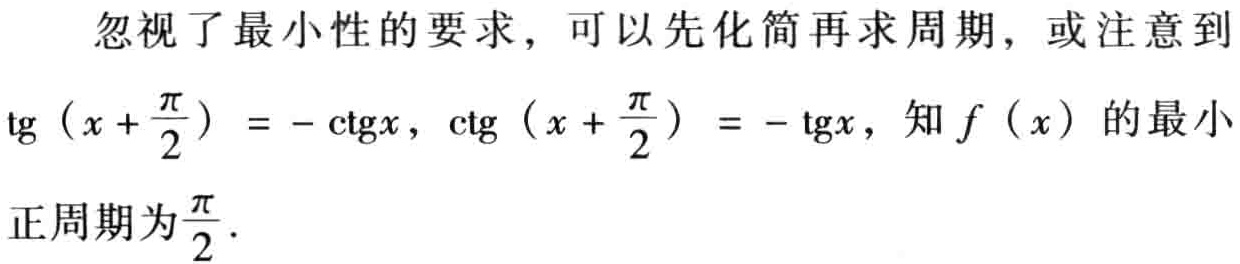
忽视了最小性的要求，可以先化简再求周期，或注意到
\(\text{tg}\left(x + \frac{\pi}{2}\right)=-\text{ctg}x\)，\(\text{ctg}\left(x + \frac{\pi}{2}\right)=-\text{tg}x\)，知\(f(x)\)的最小
正周期为\(\frac{\pi}{2}\)。